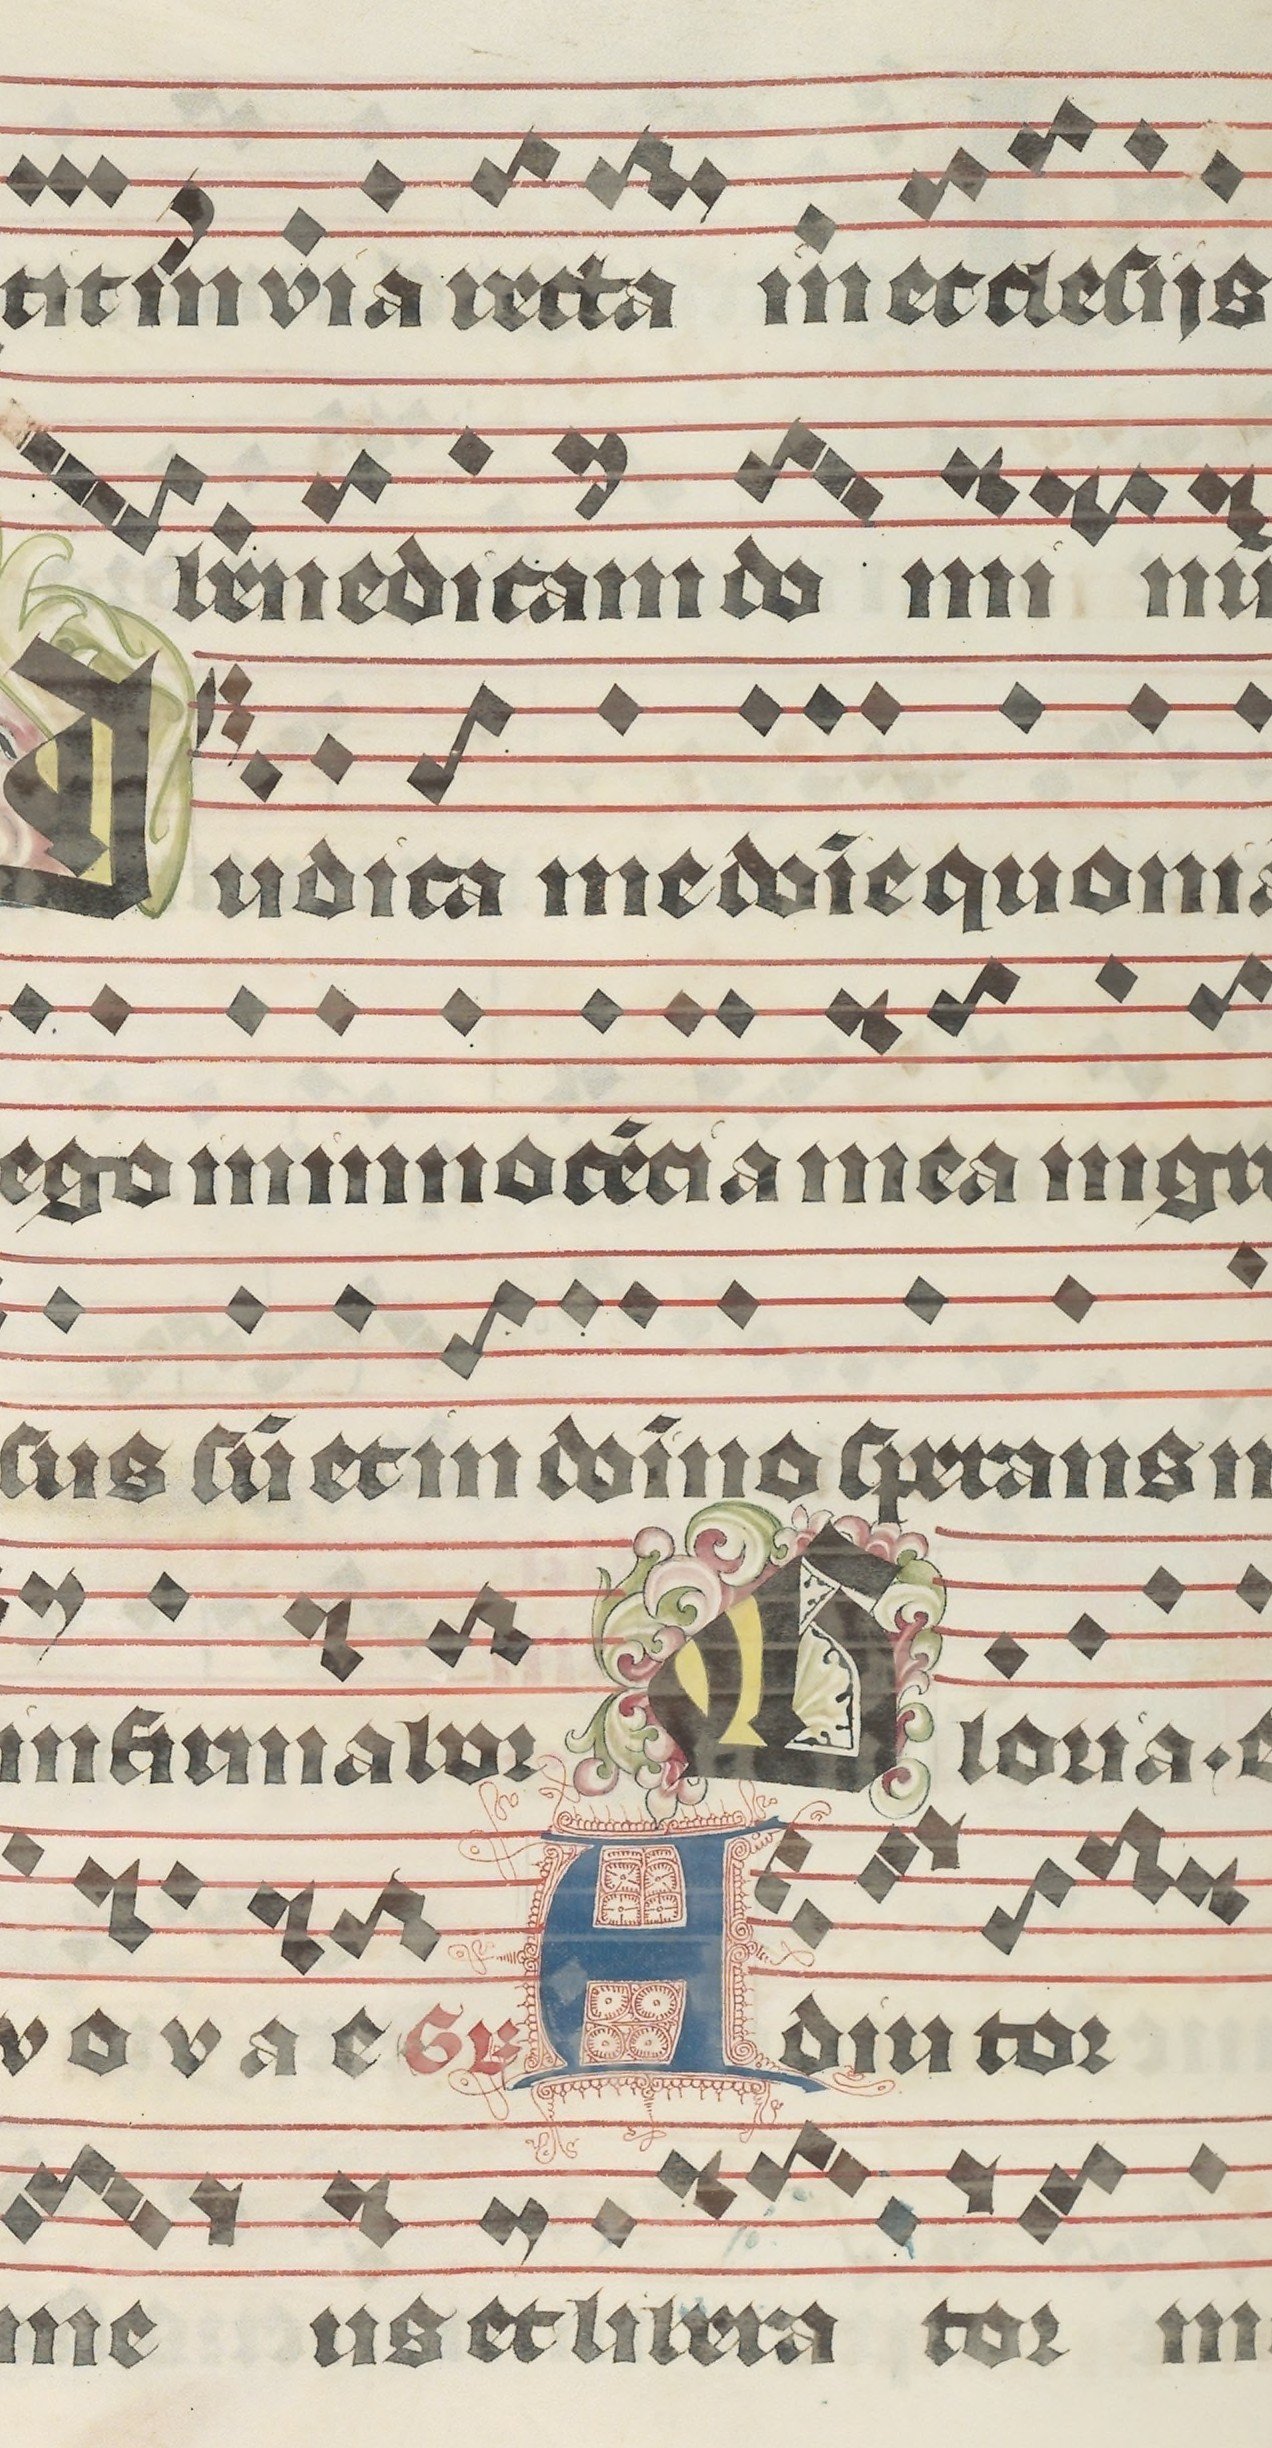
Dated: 1395–1425